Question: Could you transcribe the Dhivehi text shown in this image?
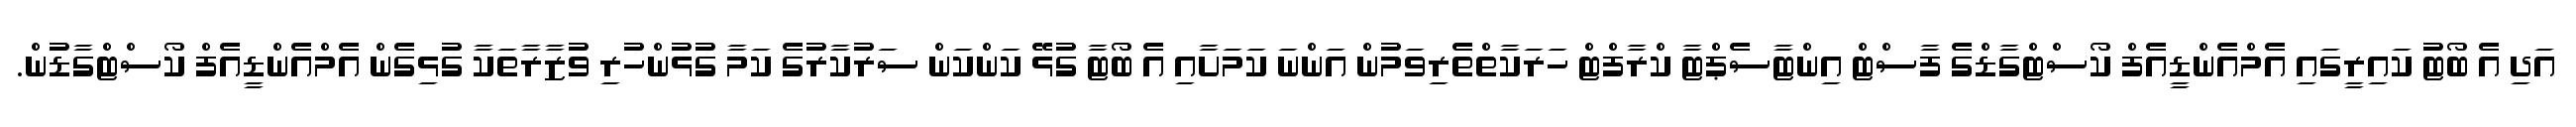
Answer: އަދި އެ ބޯޓު ކައިރީގައި އެމްއެންޑީއެފް ކޯސްޓްގާޑްގެ ފާސްޓް އިންޓާސެޕްޓާ ކްރާފްޓް ހަރަކާތްތެރިވަމުން އަންނަ ކަމަށާއި އެ ބޯޓާ ގުޅޭ ކަންކަން ސަރުކާރުގެ ކަމާ ގުޅުންހުރި ވުޒާރާތަކާ ގުޅިގެން އެމްއެންޑީއެފް ކޯސްޓްގާޑުން.